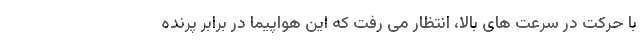
با حرکت در سرعت های بالا، انتظار می رفت که این هواپیما در برابر پرنده